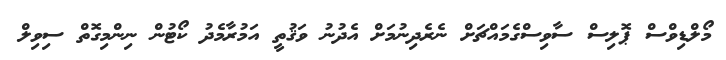
މޯލްޑިވްސް ޕޮލިސް ސާވިސްގެމައްޗަށް ނެރެދިނުމަށް އެދުނު ވަޤުތީ އަމުރާމެދު ކޯޓުން ނިންމިގޮތް ސިވިލް